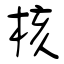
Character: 核